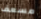
مسعف